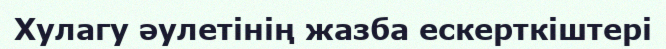
Хулагу әулетінің жазба ескерткіштері